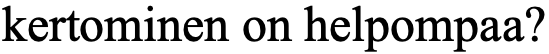
kertominen on helpompaa?